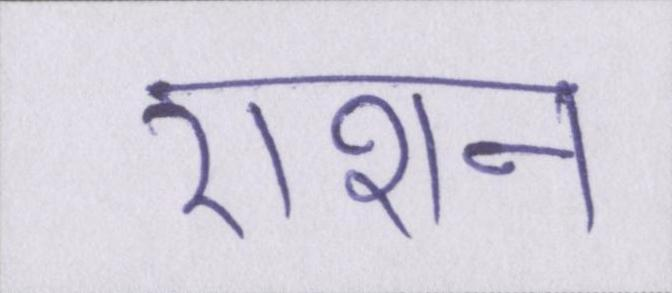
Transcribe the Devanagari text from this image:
राशन